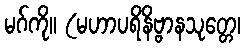
မဂ်ကို။ (မဟာပရိနိဗ္ဗာနသုတ္တေ၊